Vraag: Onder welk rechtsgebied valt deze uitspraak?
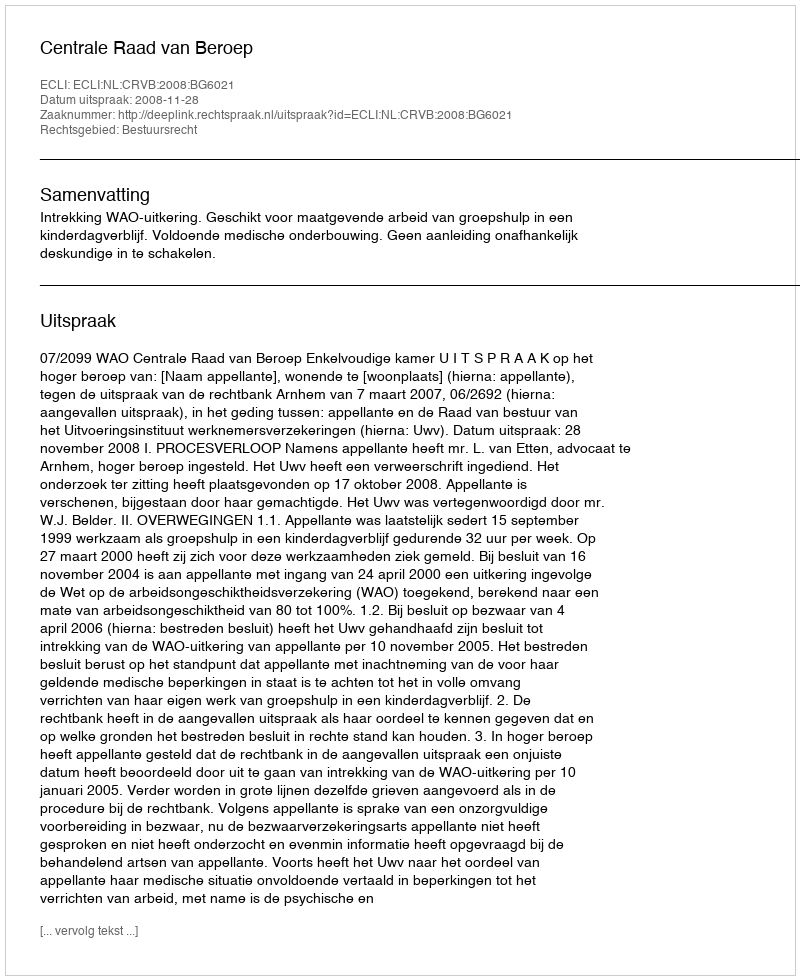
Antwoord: Bestuursrecht